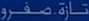
تارة.صفرور